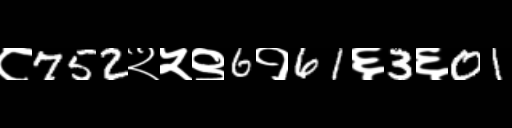
Text: ८752२५९6१61६3६01